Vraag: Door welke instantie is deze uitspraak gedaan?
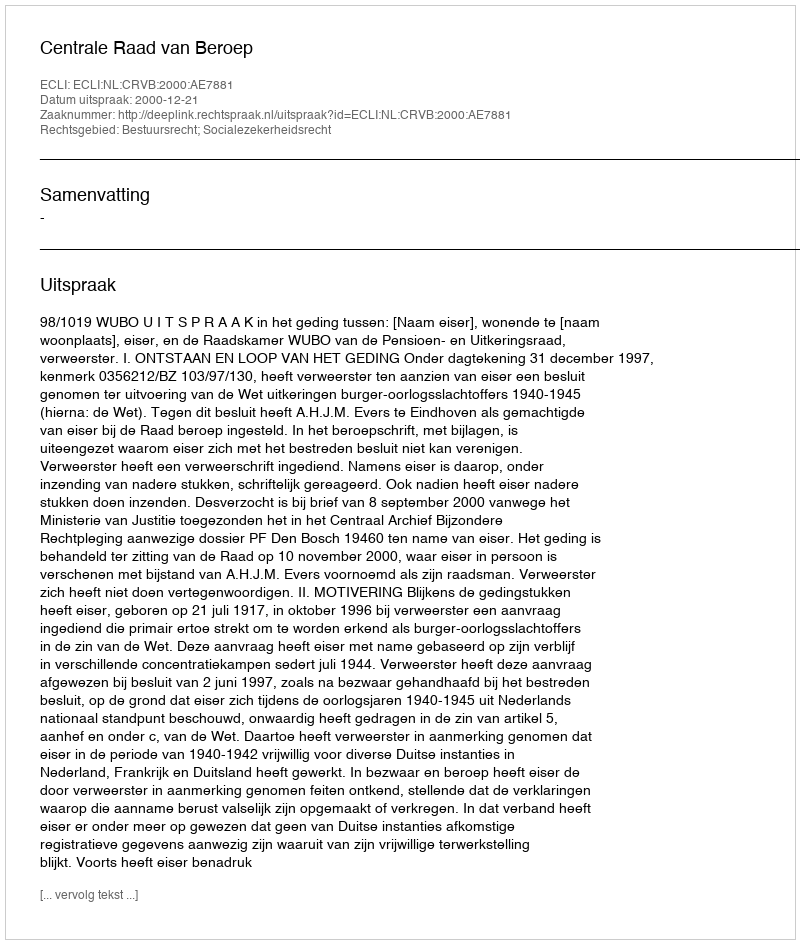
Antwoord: Centrale Raad van Beroep